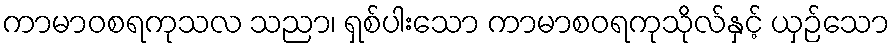
ကာမာဝစရကုသလ သညာ၊ ရှစ်ပါးသော ကာမာစဝရကုသိုလ်နှင့် ယှဉ်သော